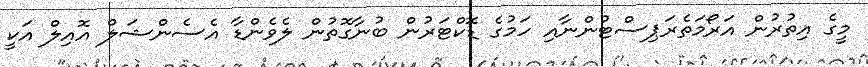
މީގެ އިތުރުން އަރޯމަތެރަޕިސްޓުންނާއި ހަމުގެ ޑޮކްޓަރުން ބުނާގޮތުން ލެވެންޑާ އެސެންޝަލް އޮއިލް އަކީ